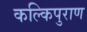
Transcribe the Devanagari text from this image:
कल्किपुराण